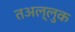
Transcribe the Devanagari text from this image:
तअल्लुक